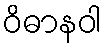
ဝိဓာနဝါ